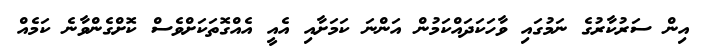
އިން ސަރުކާރުގެ ނަމުގައި ވާހަކަދައްކަމުން އަންނަ ކަމަށާއި އެއީ އެއްގޮތަކަށްވެސް ކޮށްގެންވާނެ ކަމެއް